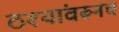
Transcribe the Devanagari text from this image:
ठश्यांवरूनच